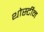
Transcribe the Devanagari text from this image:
थोर्स्टीन